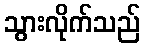
သွားလိုက်သည်